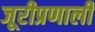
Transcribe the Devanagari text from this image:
जूरीप्रणाली